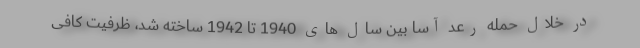
در خلال حمله رعد آسا بین سال های 1940 تا 1942 ساخته شد، ظرفیت کافی